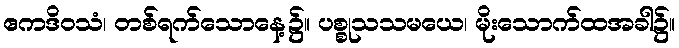
ဧကဒိဝသံ၊ တစ်ရက်သောနေ့၌။ ပစ္စုသသမယေ၊ မိုးသောက်ထအခါ၌။